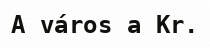
A város a Kr.